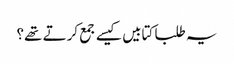
​یہ طلبا کتابیں کیسے جمع کرتے تھے؟